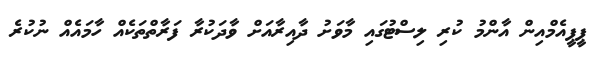
ޕީޕީއެމްއިން އާންމު ކުރި ލިސްޓުގައި މާވަށު ދާއިރާއަށް ވާދަކުރާ ފަރާތްތަކެއް ހާމައެއް ނުކުރެ